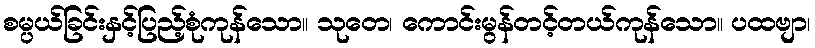
စမ္ပယ်ခြင်းနှင့်ပြည့်စုံကုန်သော။ သုတေ၊ ကောင်းမွန်တင့်တယ်ကုန်သော။ ပထဗျာ၊